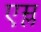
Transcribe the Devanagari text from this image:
एम्ल